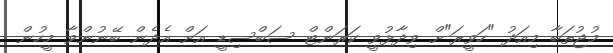
މުޖުތަބާ މިއަދު "ހަވީރަ"ށް ވިދާޅުވީ ކަރަންޓް ސަބްސިޑީ އަށް އެދެން ބޭނުންވާ މީހުން